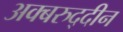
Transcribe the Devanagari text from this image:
अक्बरुद्दीन